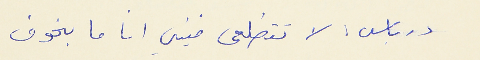
درباس : لا تتطلعي فيني انا ما بخوف